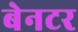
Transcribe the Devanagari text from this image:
बेनटर